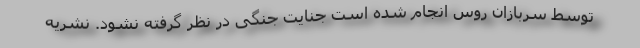
توسط سربازان روس انجام شده است جنایت جنگی در نظر گرفته نشود. نشریه